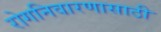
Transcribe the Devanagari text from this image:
रोगनिवारणासाठी